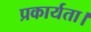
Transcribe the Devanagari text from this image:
प्रकार्यता।